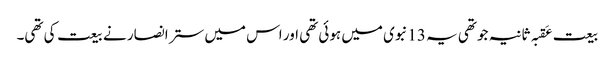
بیعت عَقبہ ثانیہ جو تھی یہ 13نبوی میں ہوئی تھی اور اس میں ستر انصار نے بیعت کی تھی۔